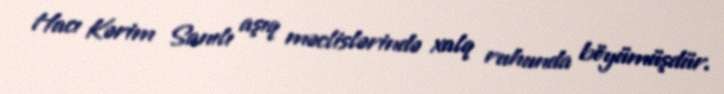
Hacı Kərim Sanılı aşıq məclislərində xalq ruhunda böyümüşdür.